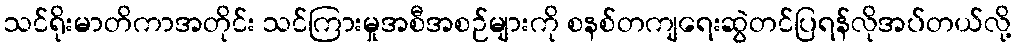
သင်ရိုးမာတိကာအတိုင်း သင်ကြားမှုအစီအစဉ်များကို စနစ်တကျရေးဆွဲတင်ပြရန်လိုအပ်တယ်လို့